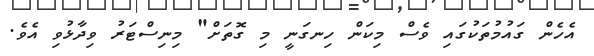
އެހެން ގައުމުތަކުގައި ވެސް މިކަން ހިނގަނީ މި ގޮތަށް" މިނިސްޓަރު ވިދާޅުވި އެވެ.